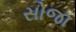
સોજા